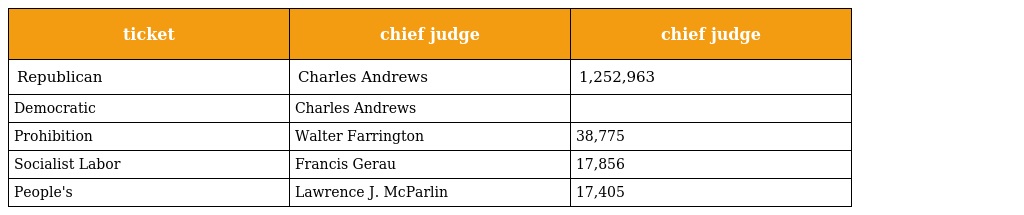
| ticket | chief judge | chief judge |
 | --- | --- | --- |
 | Republican | Charles Andrews | 1,252,963 |
 | Democratic | Charles Andrews |  |
 | Prohibition | Walter Farrington | 38,775 |
 | Socialist Labor | Francis Gerau | 17,856 |
 | People's | Lawrence J. McParlin | 17,405 |